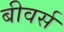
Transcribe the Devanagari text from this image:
बीवर्स